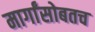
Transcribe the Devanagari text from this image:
मार्गांसोबतच